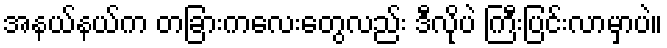
အနယ်နယ်က တခြားကလေးတွေလည်း ဒီလိုပဲ ကြီးပြင်းလာမှာပဲ။